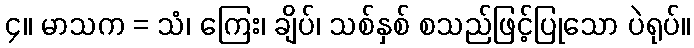
၄။ မာသက = သံ၊ ကြေး၊ ချိပ်၊ သစ်နှစ် စသည်ဖြင့်ပြုသော ပဲရုပ်။